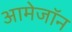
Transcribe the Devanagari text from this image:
आमेजॉन